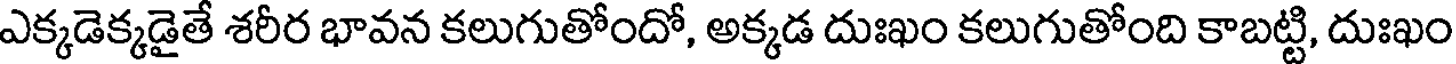
ఎక్కడెక్కడైతే శరీర భావన కలుగుతోందో, అక్కడ దుఃఖం కలుగుతోంది కాబట్టి, దుఃఖం